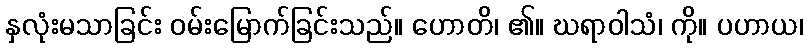
နှလုံးမသာခြင်း ဝမ်းမြောက်ခြင်းသည်။ ဟောတိ၊ ၏။ ဃရာဝါသံ၊ ကို။ ပဟာယ၊